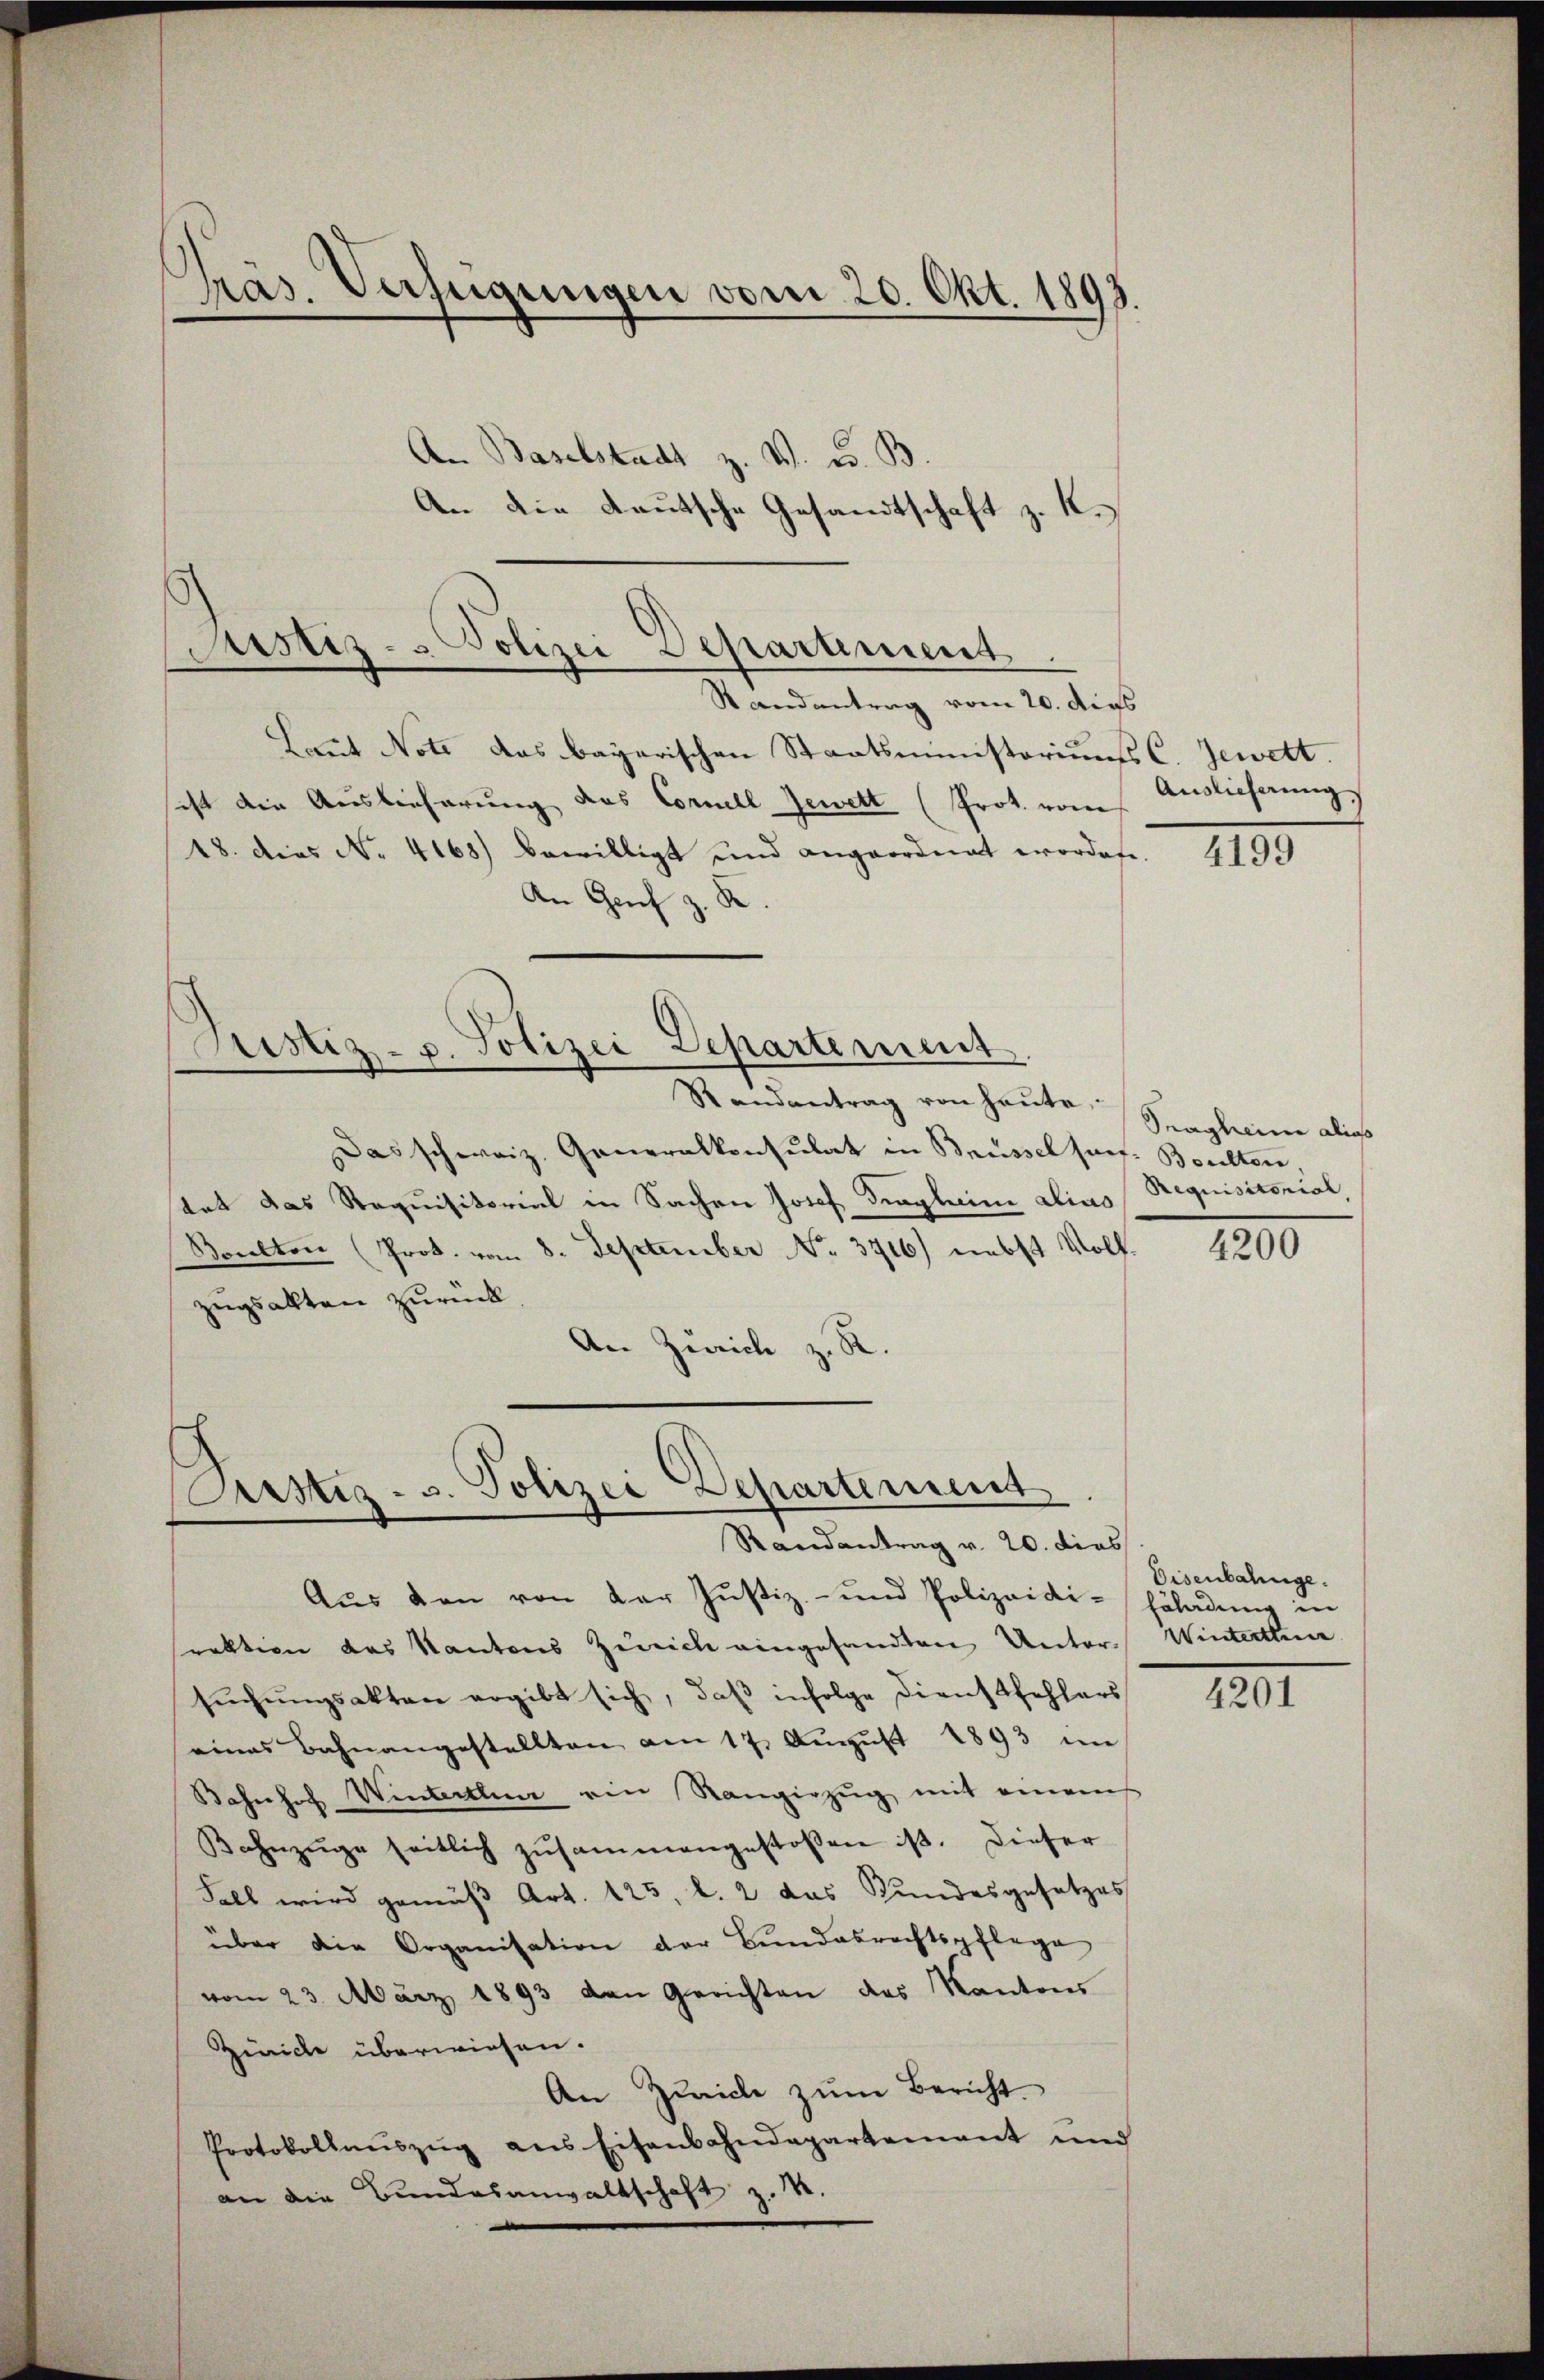
pras. Verfügungen vom 20. Okt. 1893
An Baselstadt z. W. e. B
An die deutsche Gesandtschaft z. K.

Justiz- & Polizei Departement
Randantrag vom 20. dies

Sistiz- u. Polizei Departement

Laut Note das bayerischen Staatsministeriums C. Jewett.
ist die Auslieferung das Cornell Jewett (Prot. vom
18. dies No. 4168) bewilligt und angeordnet worden
An Genf z. R.

Prustiz- u. Polizei Departement
Randantrag v. 20. dies

Randantrag von heute,
Das schweiz. Generalkonsulat in Brüssel sauf- Borelten
tat das Requisitorial in Sachen Josef Siegleine alias Requisitorial
Soulton (Prok. vom 8. September No. 3716) nebst Volk
zugsalten zurück
An Zürich z. R.

Aŭs den von der Justiz- und Polizeidi-Eöladŭng in
raktion das Kantons Zürich eingesandten Unter-Winterthei
sŭchŭngsakten ergibt sich, daβ infolge Dienstfehlers
eines Bahnangestellten am 17. Aŭgŭst 1893 im
Bahnhof Winterthun ein Rangiezŭg mit einem
Bahnzüge seitlich zŭsammengestossen ist. Dieser
Fall wird gemäß Art. 125, l. 2 das Bundesgesetzes
über die Organisation der Bundesrechtspflege
vom 23. März 1893 den Gerichten des Kantons
Ziniche überwiesen.
An Zürich zŭm Bericht.
Protokollaŭszŭg ans Eisenbahndepartement und
an die Bundesanwaltschaft z. B.

Auslieferung

4199

Sragheine alias

4200

Disenbahnge.

4201